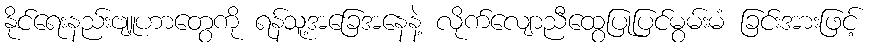
နိုင်ရေးနည်းဗျူဟာတွေကို ရန်သူ့အခြေအနေနဲ့ လိုက်လျောညီထွေပြုပြင်မွမ်းမံ ခြင်းအားဖြင့်